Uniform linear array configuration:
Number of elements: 12
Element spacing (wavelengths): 0.75
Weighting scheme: uniform
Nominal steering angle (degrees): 45
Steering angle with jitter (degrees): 43.221
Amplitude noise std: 0.05
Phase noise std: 0.05

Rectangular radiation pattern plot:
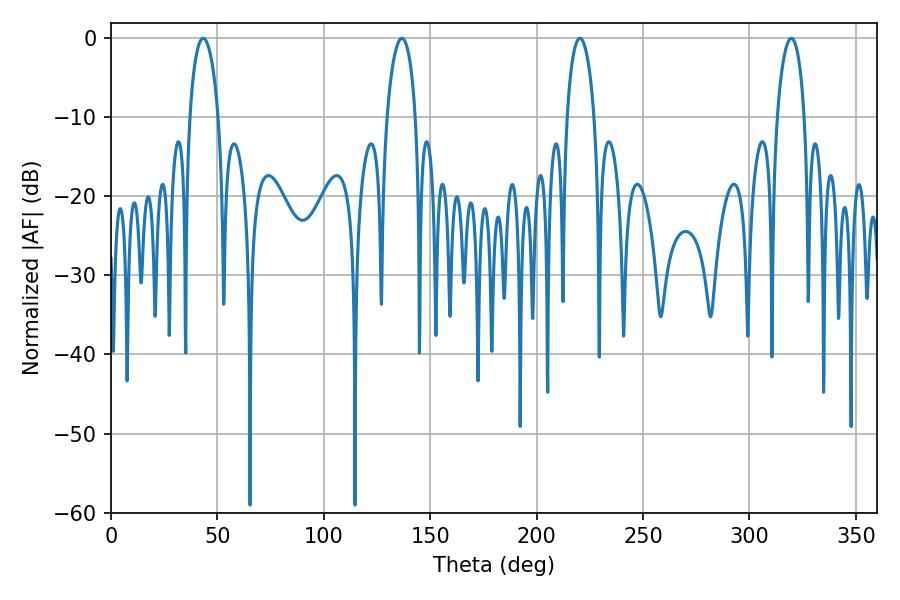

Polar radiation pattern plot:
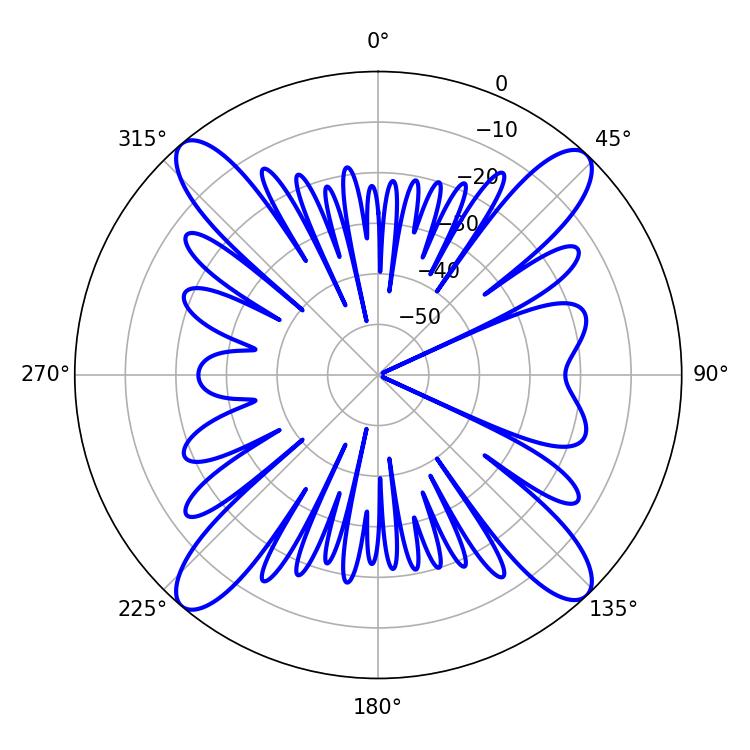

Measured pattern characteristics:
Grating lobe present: TRUE
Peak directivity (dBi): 19.133
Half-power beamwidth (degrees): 7.38
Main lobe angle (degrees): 220.32